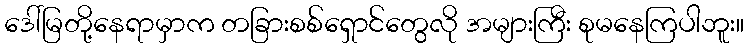
ဒေါ်မြတို့နေရာမှာက တခြားစစ်ရှောင်တွေလို အများကြီး စုမနေကြပါဘူး။